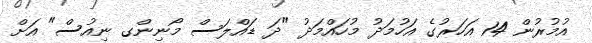
އުމުރުން 14 އަހަރުގެ އަހުމަދު މުހައްމަދު "ދަ ޑައްލަސް މޯނިންގ ނިއުސް" އަށް